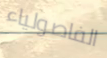
الفاصولياء